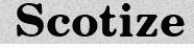
Scotize